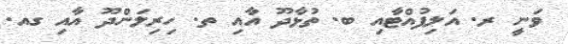
ވަނީ ރ. އަލިފުއްޓާއި ބ. ތުޅާދޫ އާއި ތ. ހިރިލަންދޫ އާއި ގއ.